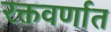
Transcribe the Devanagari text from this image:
रक्तवर्णात